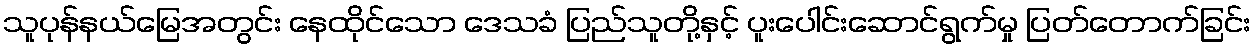
သူပုန်နယ်မြေအတွင်း နေထိုင်သော ဒေသခံ ပြည်သူတို့နှင့် ပူးပေါင်းဆောင်ရွက်မှု ပြတ်တောက်ခြင်း